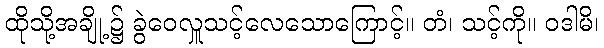
ထိုသို့အချို့၌ ခွဲဝေလှူသင့်လေသောကြောင့်။ တံ၊ သင့်ကို။ ဝဒါမိ၊